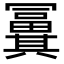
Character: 𠔸